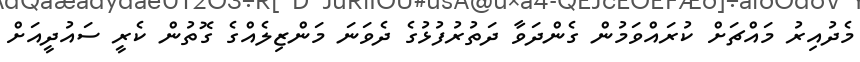
މެދުއިރު މައްޗަށް ކުރައްވަމުން ގެންދަވާ ދަތުރުފުޅުގެ ދެވަނަ މަންޒިލެއްގެ ގޮތުން ކެރީ ސައުދީއަށް